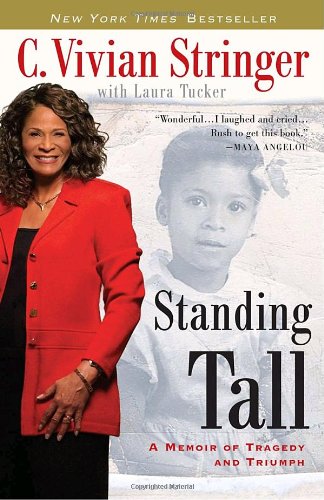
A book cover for Standing Tall: A Memoir of Tragedy and Triumph; C. Vivian Stringer; Biographies & Memoirs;